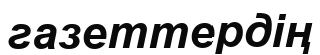
газеттердің